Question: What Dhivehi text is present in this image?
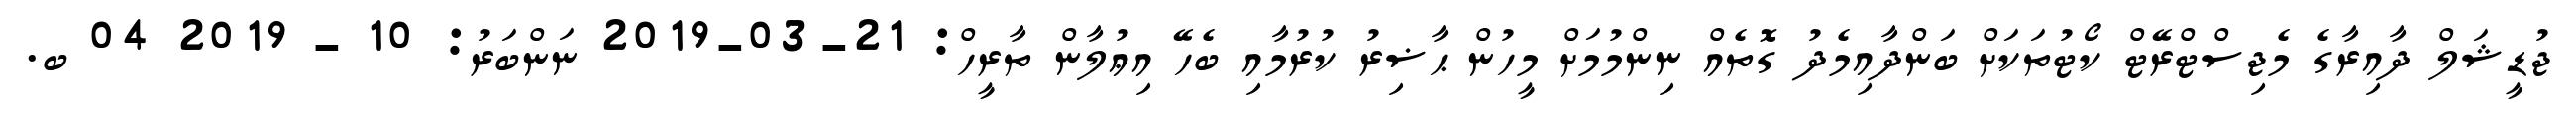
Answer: ޖުޑީޝަލް ދާއިރާގެ މެޖިސްޓްރޭޓް ކޯޓުތަކަށް ބަންދާއިމެދު ގޮތެއް ނިންމުމަށް މީހުން ޙާޟިރު ކުރުމާއި ބެހޭ އިޢުލާން ތާރީހް: 21-03-2019 ނަންބަރު: 10 - 2019 04 ބ.